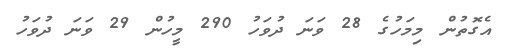
އެގޮތުން މިމަހުގެ 28 ވަނަ ދުވަހު 290 މީހުން 29 ވަނަ ދުވަހު